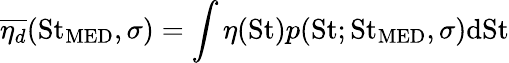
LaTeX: \overline{{\eta_{d}}}(\mathrm{St}_{\mathrm{MED}},\sigma)=\int\eta(\mathrm{St})p(\mathrm{St};\mathrm{St}_{\mathrm{MED}},\sigma)\mathrm{dSt}